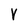
Character: Y